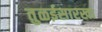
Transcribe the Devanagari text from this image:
तुळईसारखा